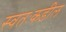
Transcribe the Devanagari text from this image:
स्वतःकडील